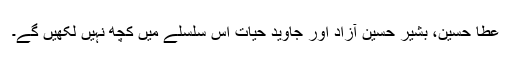
عطا حسین، بشیر حسین آزاد اور جاوید حیات اس سلسلے میں کچھ نہیں لکھیں گے۔